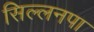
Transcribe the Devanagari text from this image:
सिल्लनपा